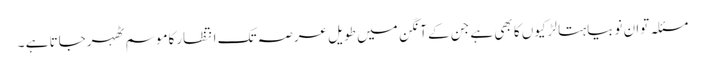
مسئلہ توان نوبیاہتا لڑکیوں کا بھی ہے جن کے آنگن میں طویل عرصہ تک انتظارکاموسم ٹھہرجاتا ہے ۔